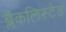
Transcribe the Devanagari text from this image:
ब्लैकलिस्टेड